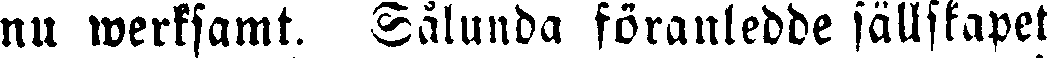
nu werksamt. Sålunda föranledde sällskapet